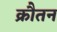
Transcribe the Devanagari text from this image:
क्रौतन